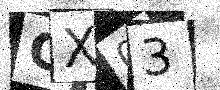
Text: CX03